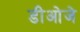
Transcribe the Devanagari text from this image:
डीओजे